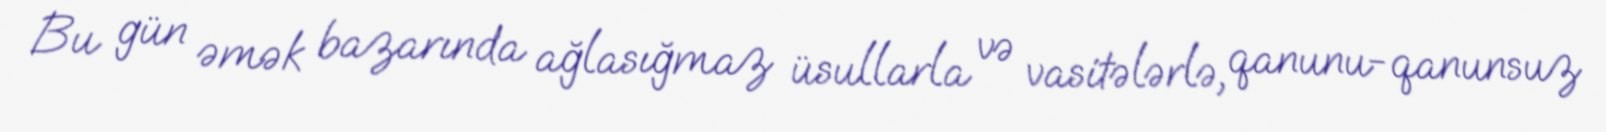
Bu gün əmək bazarında ağlasığmaz üsullarla və vasitələrlə, qanunu-qanunsuz